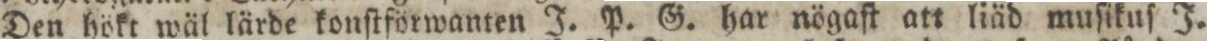
Den hökt wäl lärde konſtförwanten J. P. G. har nögaſt att liäd muſikuſ J.